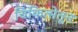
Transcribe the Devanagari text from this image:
चिकित्सेतून